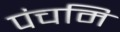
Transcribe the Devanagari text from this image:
पंचमि